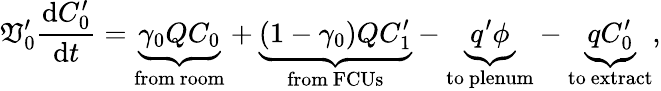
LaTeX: \mathfrak{V}_{0}^{\prime}\frac{{\mathrm{{d}}C_{0}^{\prime}}}{{\mathrm{{d}}t}}=\underbrace{{\gamma_{0}QC_{0}}}_{\mathrm{{from\ room}}}+\underbrace{{(1-\gamma_{0})QC_{1}^{\prime}}}_{\mathrm{{from\ FCUs}}}-\underbrace{{q^{\prime}\phi}}_{\mathrm{{to\ plenum}}}-\underbrace{{qC_{0}^{\prime}}}_{\mathrm{{to\ extract}}},